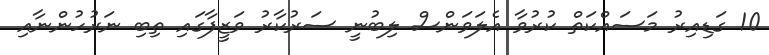
10 ގަޑިއިރު މަސައްކަތް ކުރުވާ އެލަވަންސް ލިބުނީ ސަރުކާރު ވަޒީފާގައި ތިބި ނަރުހުންނާއި